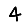
Digit: 4